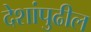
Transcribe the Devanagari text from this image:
देशांपुढील